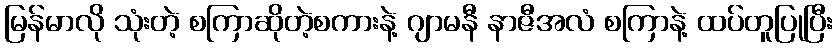
မြန်မာလို သုံးတဲ့ စကြာဆိုတဲ့စကားနဲ့ ဂျာမနီ နာဇီအလံ စကြာနဲ့ ထပ်တူပြုပြီး